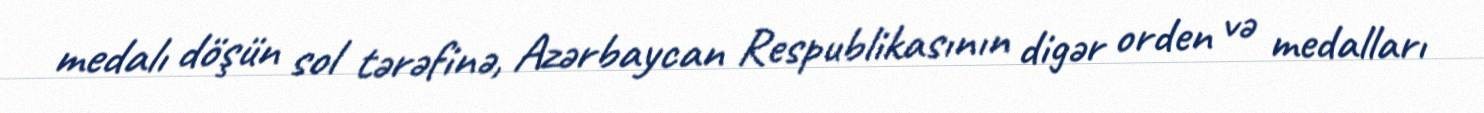
medalı döşün sol tərəfinə, Azərbaycan Respublikasının digər orden və medalları